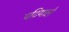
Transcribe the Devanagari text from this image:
पटियाले